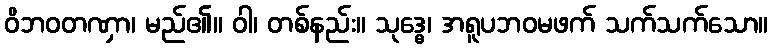
ဝိဘဝတဏှာ၊ မည်၏။ ဝါ၊ တစ်နည်း။ သုဒ္ဓေ၊ အရူပဘဝမဖက် သက်သက်သော။